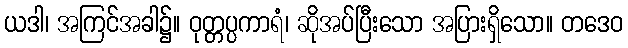
ယဒါ၊ အကြင်အခါ၌။ ဝုတ္တပ္ပကာရံ၊ ဆိုအပ်ပြီးသော အပြားရှိသော။ တဒေဝ